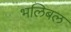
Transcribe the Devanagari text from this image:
भलिबल